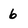
Character: 6